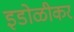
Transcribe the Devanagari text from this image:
इडोळीकर